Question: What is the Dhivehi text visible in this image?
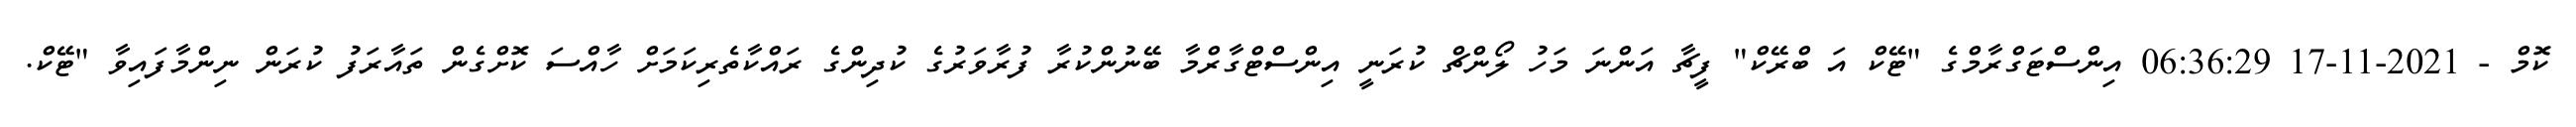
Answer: ކޮމް - 2021-11-17 06:36:29 އިންސްޓަގްރާމްގެ "ޓޭކް އަ ބްރޭކް" ފީޗާ އަންނަ މަހު ލޯންޗް ކުރަނީ އިންސްޓްގާރްމާ ބޭނުންކުރާ ފުރާވަރުގެ ކުދިންގެ ރައްކާތެރިކަމަށް ހާއްސަ ކޮށްގެން ތައާރަފު ކުރަން ނިންމާފައިވާ "ޓޭކް.